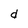
Character: d